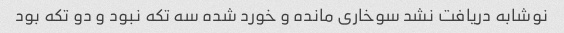
نوشابه دریافت نشد سوخاری مانده و خورد شده سه تکه نبود و دو تکه بود